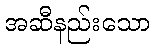
အဆီနည်းသော